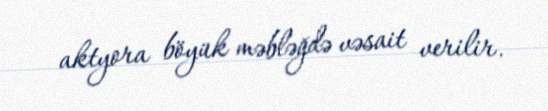
aktyora böyük məbləğdə vəsait verilir.